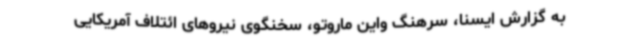
به گزارش ایسنا، سرهنگ واین ماروتو، سخنگوی نیروهای ائتلاف آمریکایی